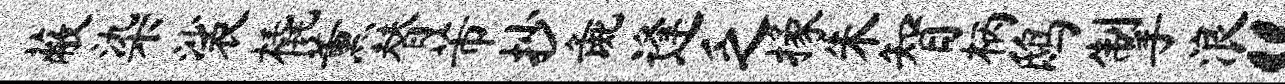
蔽染裟橇薰替芾抄彘逢乏掾朱智柄鸱掣浪“